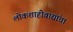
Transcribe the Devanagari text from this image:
लोकशाहीवाद्यांचा